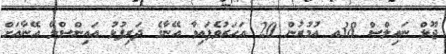
ޖޫލް ނައިލްސް 38އ އުމުރުން 20 އަހަރުވެފައިވާ އޭނާގެ ދަރިފުޅު އައިންްސްލޭ އޭނާއަށް